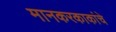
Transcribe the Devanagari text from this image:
मानकरकाकांचे